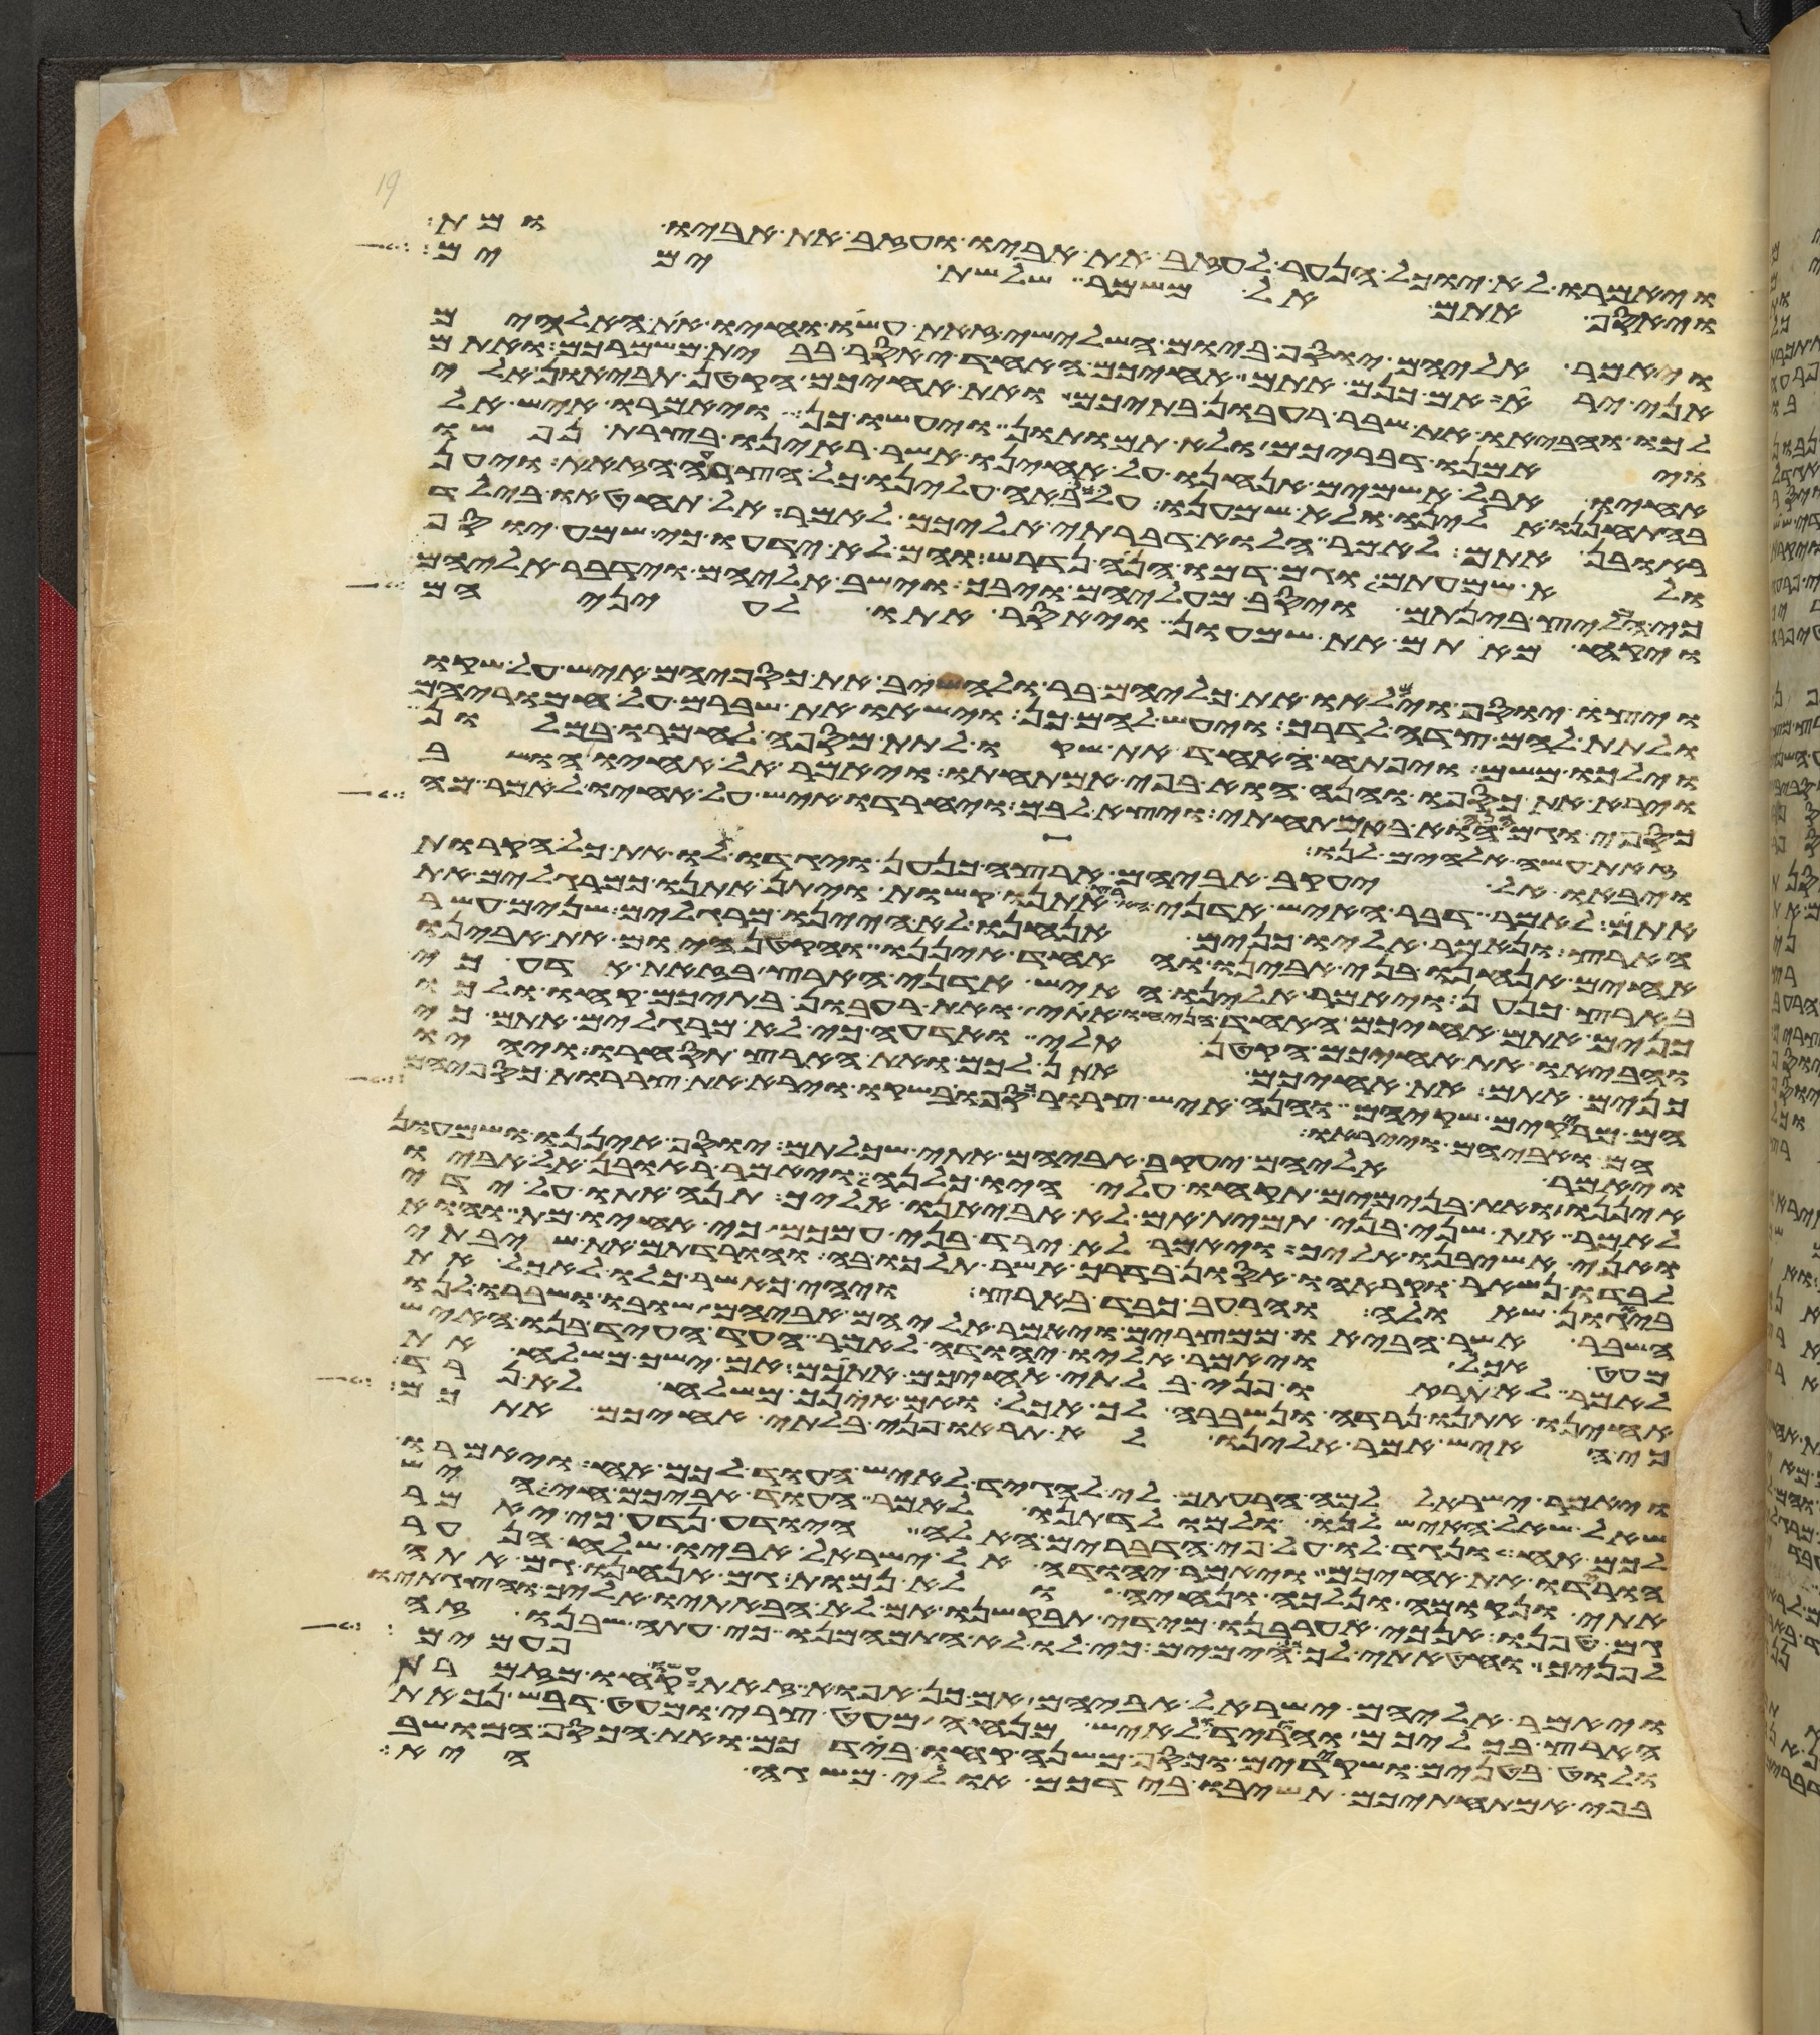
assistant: ויאמרו לא יוכל הנער לעזב את אביו ועזב את אביו ומת
ויאסף אתם אל משמר שלשת ימים
ויאמר אליהם יוסף ביום השלישי זאת עשו וחיו את האלהים
אני ירא אם כנים אתם אחיכם האחד יאסר בבית משמרכם ואתם
לכו והביאו את שבר רעבון בתיכם ואת אחיכם הקטן תביאון אלי
ויאמנו דבריכם ולא תמותון ויעשו כן ויאמרו איש אל
אחיו אבל אשמים אנחנו על אחינו אשר ראינו בצרת נפשו
בהתחננו אלינו ולא שמענו על כן באה עלינו כל הצרה הזאת ויען
ראובן אתם לאמר הלוא דברתי אליכם לאמר אל תחטאו בילד
ולא שמעתים וגם דמו הנה נדרש והם לא ידעו כי שמע יוסף
כי המליץ בינתם ויסב מעליהם ויבך וישב אליהם וידבר אליהם
ויקח מאתם את שמעון ויאסר אתו לעיניהם
ויצו יוסף וימלאו את כליהם בר ולהשיב את כספיהם איש על שקו
ולתת להם צדה לדרך ויעש להם כן וישאו את שברם על חמריהם
וילכו משם ויפתח אחד את שקו לתת מספה לחמרו במלון
וירא את כספו והנה הוא בפי אמתחתו ויאמר אל אחיו הושב
כספי וגם הנה הוא באמתחתי ויצא לבם ויחרדו איש על אחיו לאמר מה
זאת עשה אלהים לנו
ויבאו אל יעקב אביהם ארצה כנען ויגדו לו את כל הקרות
אתם לאמר דבר האיש אדני הארץ אתנו קשות ויתן אתנו כמרגלים את
הארץ ונאמר אליו כנים אנחנו לא היינו מרגלים שנים עשר
אחים אנחנו בני אבינו והאחד איננו והקטן היום את אבינו
בארץ כנען ויאמר אלינו האיש אדני הארץ בזאת אדע כי
כנים אתם אחיכם האחד הניחו אתי ואת רעבון בתיכם קחו ולכו
והביאו את אחיכם הקטן אלי ואדעה כי לא מרגלים אתם כי
כנים אתם את אחיכם אתן לכם ואת הארץ תסחרו ויהיו
הם מריקים שקיהם והנה איש צרור כספו בשקו ויראו את צררות כספיהם
הם ואביהם וייראו
ויאמר אליהם יעקב אביהם אתי שכלתם יוסף איננו ושמעון
איננו ואת בנימים תקחו עלי היו כלנה ויאמר ראובן אל אביו
לאמר את שני בני תמית אם לא אביאנו אליך תנה אתו על ידי
ואני אשיבנו אליך ויאמר לא ירד בני עמכם כי אחיו מת והוא
לבדו נשאר וקראהו אסון בדרך אשר תלכו בה והורדתם את שיבתי
ביגון שאלה והרעב כבד בארץ ויהי כאשר כלו לאכל את
השבר אשר הביאו ממצרים ויאמר אליהם אביהם שובו ושברו לנו
מעט אכל ויאמר אליו יהודה לאמר העד העד בנו האיש
לאמר לא תראו פני בלתי אחיכם אתכם אם ישך משלח את
אחינו אתנו נרדה ונשברה לך אכל ואם אינך משלח לא נרד
כי האיש אמר אלינו לא תראו פני בלתי אחיכם אתכם
ויאמר ישראל למה הרעתם לי להגיד לאיש העוד לכם אח ויאמרו
שאל שאל האיש לנו ולמולדתנו לאמר העוד אביכם חי היש
לכם אח ונגיד לו על פי הדברים האלה היודע נדע כי יאמר
הורידו את אחיכם ויאמר יהודה אל ישראל אביו שלח הנער
אתי ונקומה ונלכה ונחיה ולא נמות גם אנחנו גם אתה
גם טפנו אנכי אערבנו מידי תבקשנו אם לא הבאתיו אליך והצגתיו
לפניך וחטאתי לך כל הימים כי לו לא התמהמנו כי עתה שבנו זה
פעמים
ויאמר אליהם ישראל אביהם אם כן אפוא זאת עשו קחו מזמרת
הארץ בכליכם והורידו לאיש מנחה מעט צרי ומעט דבש נכאת
ולוט בטנים ושקידים וכסף משנה קחו בידכם ואת הכסף המושב
בפי אמתחתיכם תשיבו בידיכם אולי משגה היא